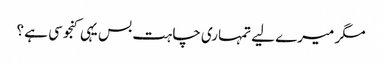
مگر میرے لیے تمہاری چاہت بس یہی کنجوسی ہے ؟